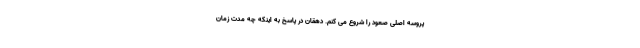
پروسه اصلی صعود را شروع می کنم. دهقان در پاسخ به اینکه چه مدت زمان